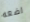
اضعه